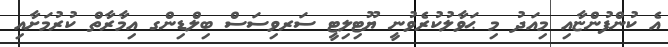
އެ ކުންފުންޏާއި މިއަދު މި ޙަވާލުކުރެވުނީ ޔޫޓިލިޓީ ސަރވިސަސް ބިލްޑިންގ އިމާރާތް ކުރުމަށާއި